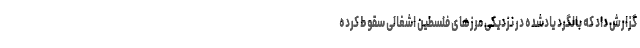
گزارش داد که بالگرد یادشده در نزدیکی مرزهای فلسطین اشغالی سقوط کرده